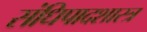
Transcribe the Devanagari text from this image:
संधिपादशास्त्र